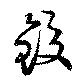
鉸